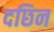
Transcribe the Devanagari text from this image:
दछिन